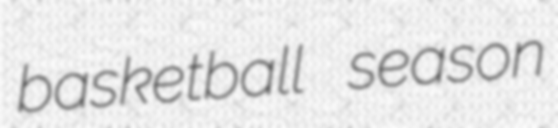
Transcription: basketball season